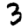
Digit: 3